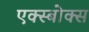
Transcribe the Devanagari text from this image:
एक्स्बोक्स